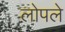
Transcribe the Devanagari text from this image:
लोपले